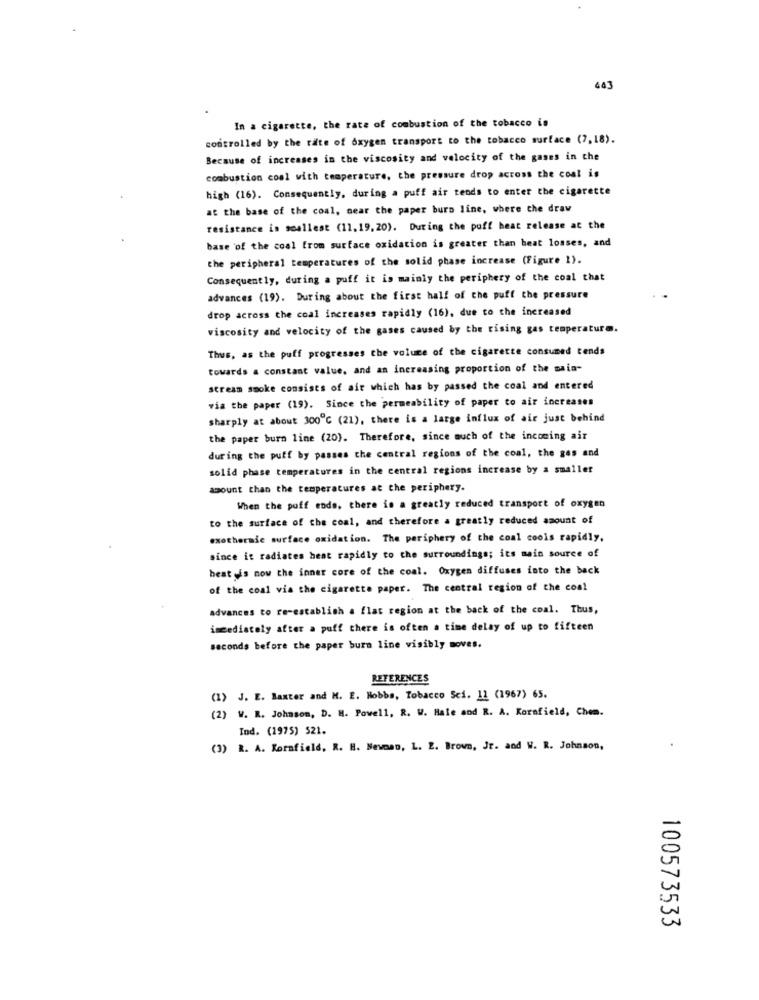
443
In a cigarette, the rate of combustion of the tobacco is
controlled by the rate of oxygen transport to the tobacco surface (7,18).
Because of increases in the viscosity and velocity of the gases in che
combustion cool with temperature, the pressure drop across the coal is
high (16). Consequently, during a puff air tends to enter the cigarette
at the base of the coal, near the paper bura line, where the draw
resistance is soallest (11.19, 20). During the puff heat release at the
base of the coal from surface oxidation is greater than beat losses, and
the peripheral temperatures of the solid phase increase (Figure 1).
Consequently, during a puff it is mainly the periphery of the coal that
advances (19). During about the first half of the puff the pressure
drop across the coal increases rapidly (16), due to the increased
viscosity and velocity of the gases caused by the rising gas temperature.
Thus, as the puff progresses the volume of the cigarette consumed tends
towards a constant value, and an increasing proportion of the maia-
stream smoke consists of air which has by passed the coal and entered
via the paper (19). Since the permeability of paper to air increases
sharply at about 300℃ (21), there is a large influx of air just behind
the paper burn line (20). Therefore, since much of the incoming air
during the puff by passes the central regions of the coal, the ges and
solid phase temperatures in the central regions increase by a smaller
amount than the temperatures at the periphery.
When the puff ende, there is a greatly reduced transport of oxygen
to the surface of the coal, and therefore a greatly reduced amount of
exothermic surface oxidation. The periphery of the coal cools rapidly,
since it radiates heat rapidly to the surroundings; its main source of
beat is now the inner core of the coal. Oxygen diffuses into the back
of the coal via the cigarette paper. The central region of the coal
advances to re-establish a flat region at the back of the coal. Thus,
immediately after a puff there is often a time delay of up to fifteen
seconds before the paper bura line visibly moves.
REFERENCES
(1) J. E. Baxter and M. E. Hobbs, Tobacco Sci. 12 (1967) 65.
(2) W. R. Johnson, D. H. Powell, R. W. Hale and R. A. Kornfield, Chem.
Ind. (1975) 521.
(3) R. A. Kornfield, R. H. Nevoso, L. L. Brown, Jr. and W. R. Johnson,
100573533